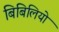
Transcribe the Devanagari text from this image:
बिबिलियो